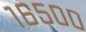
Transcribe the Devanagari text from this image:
१६५००